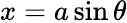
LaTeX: x=a\sin\theta